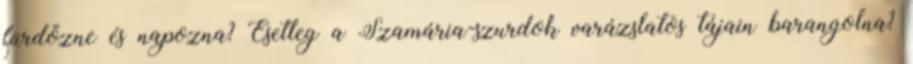
fürdőzne és napozna? Esetleg a Szamária-szurdok varázslatos tájain barangolna?